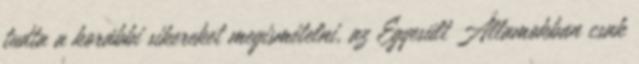
tudta a korábbi sikereket megismételni, az Egyesült Államokban csak